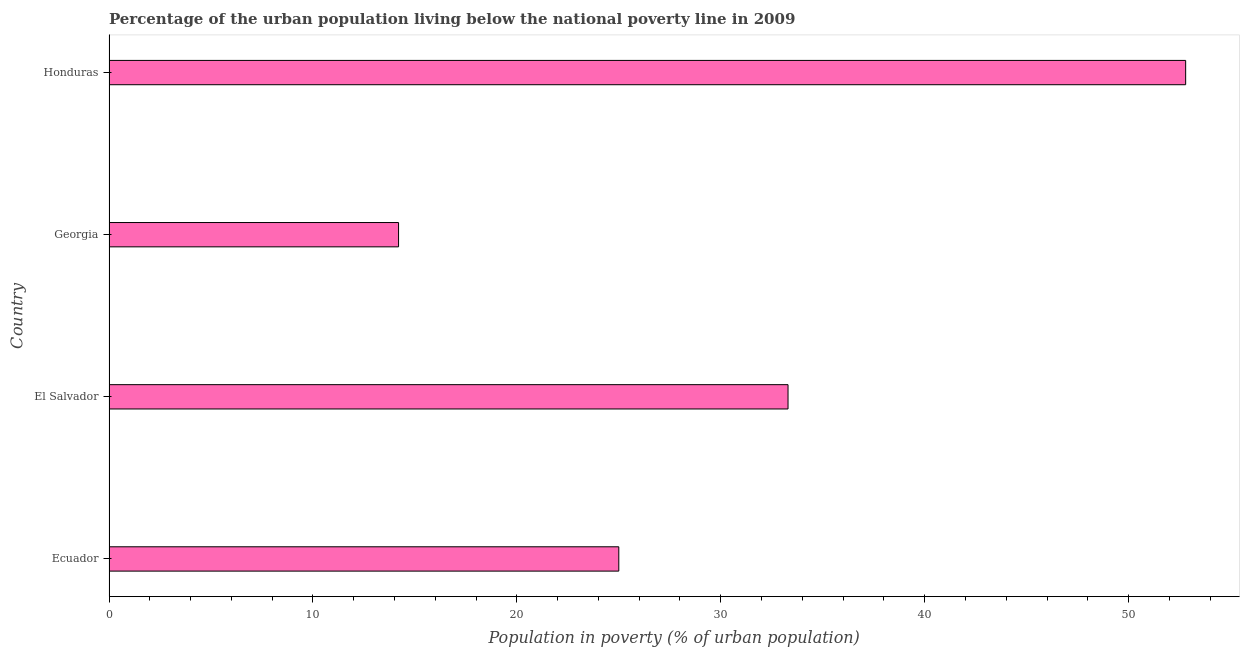
| Country | Urban poverty headcount ratio |
 | --- | --- |
 | Ecuador | 25 |
 | El Salvador | 33.3 |
 | Georgia | 14.2 |
 | Honduras | 52.8 |